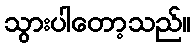
သွားပါတော့သည်။